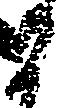
る